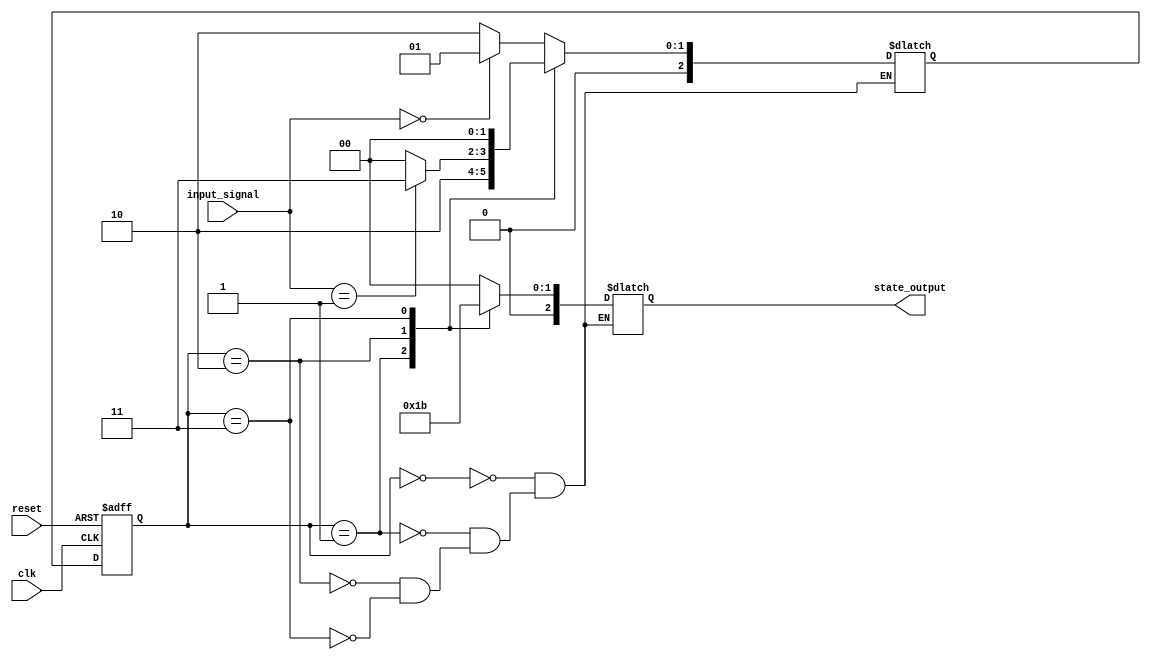
module state_machine (
    input wire clk,
    input wire reset,
    input wire [1:0] input_signal,
    output reg [2:0] state_output
);

// Define states with reduced encoding
parameter State_A = 3'b000;
parameter State_B = 3'b001;
parameter State_C = 3'b010;
parameter State_D = 3'b011;

// Define state register
reg [2:0] state_reg, next_state;

always @(posedge clk or posedge reset) begin
    if (reset) begin
        state_reg <= State_A;
    end else begin
        state_reg <= next_state;
    end
end

// State transition logic based on current state and input signal
always @* begin
    case (state_reg)
        State_A: begin
            if (input_signal == 2'b00) begin
                next_state = State_B;
            end else begin
                next_state = State_C;
            end
        end
        State_B: begin
            next_state = State_C;
        end
        State_C: begin
            if (input_signal == 2'b01) begin
                next_state = State_D;
            end else begin
                next_state = State_A;
            end
        end
        State_D: begin
            next_state = State_A;
        end
    endcase
end

// Output logic based on current state
always @* begin
    case (state_reg)
        State_A: begin
            state_output = 3'b000;
        end
        State_B: begin
            state_output = 3'b001;
        end
        State_C: begin
            state_output = 3'b010;
        end
        State_D: begin
            state_output = 3'b011;
        end
    endcase
end

endmodule